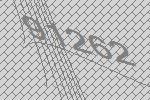
91262